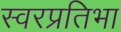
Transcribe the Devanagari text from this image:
स्वरप्रतिभा